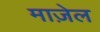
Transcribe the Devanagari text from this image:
माज़ेल